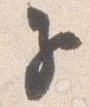
子